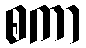
စကာ